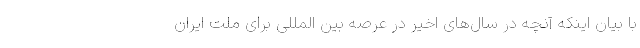
با بیان اینکه آنچه در سال‌های اخیر در عرصه بین المللی برای ملت ایران